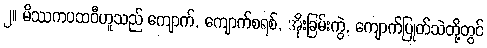
၂။ မိဿကပထဝီဟူသည် ကျောက်, ကျောက်စရစ်, အိုးခြမ်းကွဲ, ကျောက်ပြုတ်သဲတို့တွင်